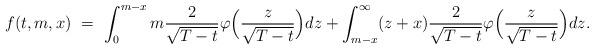
LaTeX: \begin{align*}f(t,m,x) \ = \ \int_0^{m-x} m \frac{2}{\sqrt{T-t}} \varphi\Big(\frac{z}{\sqrt{T-t}}\Big) dz + \int_{m-x}^\infty (z+x) \frac{2}{\sqrt{T-t}} \varphi\Big(\frac{z}{\sqrt{T-t}}\Big) dz.\end{align*}